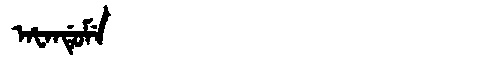
Manchu: ᠠᡶᠠᠨᡩᡠᠮᡝ
Romanization: AFANDUME